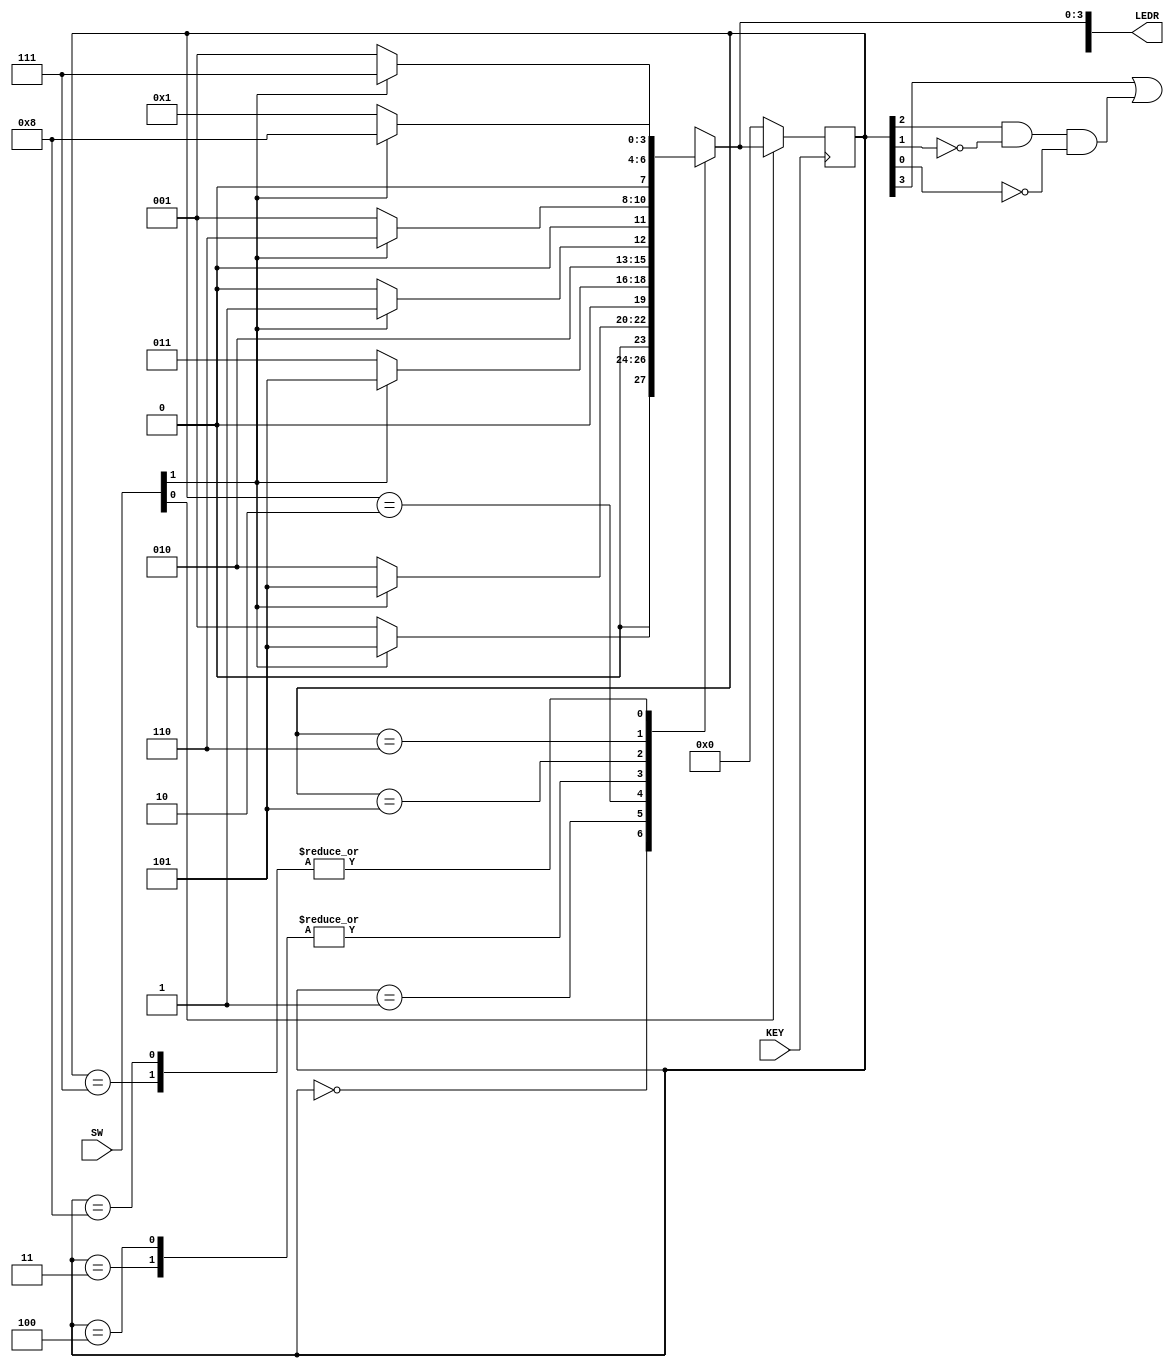
//Verilog program which implements a finite state machine (FSM) that recognizes the sequence of 0000 or 1111 (overlapping sequences are
//allowed). The input is w and the output is z. When w=0 or w=1 for 4 consecutive clock pulses, the value of z=1 otherwise the value of
//z=0. This particular program is done by implementing cases. 
//SW0 toggle swithc on the DE1-SoC board acts as an active-low synchronous reset input and the SW1 toggle acts as the w input. KEY0 
//acts as the clock input. The LEDRs 0-8 represent the output of the state flipflops and LEDR9 represents the state of the z output. 

module lab6part2(SW, KEY, LEDR);	
	//initialization of inputs, outputs, and variables
	input [1:0] SW;
	input [0:0] KEY;
	output [9:0]LEDR;
	
	wire clock, w, resetn;
	wire z;
	reg [3:0] Y; 
	reg [3:0] y;
	
	assign clock=KEY[0];
	assign w=SW[1];
	assign resetn=SW[0];
	
	//initializing each possible state of the FSM
	parameter [3:0] A=4'b0000, B=4'b0001, C=4'b0010, D=4'b0011, E=4'b0100, F=4'b0101, G=4'b0110, H=4'b0111, I=4'b1000;

	//Implementation of the state table
	always@(w, y)
	begin
		case (y)
			A: if (!w) Y=B;
				else Y=F;
			B: if (!w) Y=C;
				else Y=F;
			C: if (!w) Y=D;
				else Y=F;
			D: if (!w) Y=E;
				else Y=F;
			E: if (!w) Y=E;
				else Y=F;
			F: if (!w) Y=B;
				else Y=G;
			G: if (!w) Y=B;
				else Y=H;
			H: if (!w) Y=B;
				else Y=I;
			I: if (!w) Y=B;
				else Y=I;
			default: Y=4'bxxxx; //"don't care" cases
		endcase
	end
	
	always @(posedge clock)
	begin
		//checking if it is the reset case (active-low synchronous reset)	
		if (!(resetn))
			y<=A;
		//otherwise the data is passed on/change of state occurs
		else
			y<=Y;
	end

	//assigning outputs to LEDRs
	assign z=(y[3])|((y[2])&(~y[1])&(~y[0]));
	assign LEDR[9]=z;
	assign LEDR[3:0]=Y[3:0];
endmodule